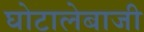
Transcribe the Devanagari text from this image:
घोटालेबाजी